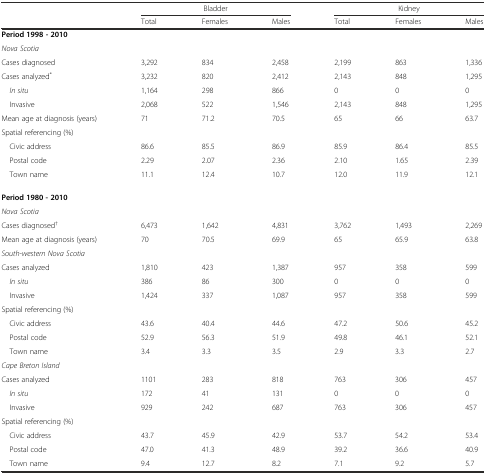
<table><thead><tr><td></td><td colspan="3"><b>Bladder</b></td><td colspan="3"><b>Kidney</b></td></tr><tr><td></td><td><b>Total</b></td><td><b>Females</b></td><td><b>Males</b></td><td><b>Total</b></td><td><b>Females</b></td><td><b>Males</b></td></tr></thead><tbody><tr><td colspan="7"><b>Period 1998 - 2010</b></td></tr><tr><td colspan="7"><i>Nova Scotia</i></td></tr><tr><td>Cases diagnosed</td><td>3,292</td><td>834</td><td>2,458</td><td>2,199</td><td>863</td><td>1,336</td></tr><tr><td>Cases analyzed<sup>*</sup></td><td>3,232</td><td>820</td><td>2,412</td><td>2,143</td><td>848</td><td>1,295</td></tr><tr><td> <i>In situ</i></td><td>1,164</td><td>298</td><td>866</td><td>0</td><td>0</td><td>0</td></tr><tr><td> Invasive</td><td>2,068</td><td>522</td><td>1,546</td><td>2,143</td><td>848</td><td>1,295</td></tr><tr><td>Mean age at diagnosis (years)</td><td>71</td><td>71.2</td><td>70.5</td><td>65</td><td>66</td><td>63.7</td></tr><tr><td colspan="7">Spatial referencing (%)</td></tr><tr><td> Civic address</td><td>86.6</td><td>85.5</td><td>86.9</td><td>85.9</td><td>86.4</td><td>85.5</td></tr><tr><td> Postal code</td><td>2.29</td><td>2.07</td><td>2.36</td><td>2.10</td><td>1.65</td><td>2.39</td></tr><tr><td> Town name</td><td>11.1</td><td>12.4</td><td>10.7</td><td>12.0</td><td>11.9</td><td>12.1</td></tr><tr><td colspan="7"><b>Period 1980 - 2010</b></td></tr><tr><td colspan="7"><i>Nova Scotia</i></td></tr><tr><td>Cases diagnosed<sup>†</sup></td><td>6,473</td><td>1,642</td><td>4,831</td><td>3,762</td><td>1,493</td><td>2,269</td></tr><tr><td>Mean age at diagnosis (years)</td><td>70</td><td>70.5</td><td>69.9</td><td>65</td><td>65.9</td><td>63.8</td></tr><tr><td colspan="7"><i>South-western Nova Scotia</i></td></tr><tr><td>Cases analyzed</td><td>1,810</td><td>423</td><td>1,387</td><td>957</td><td>358</td><td>599</td></tr><tr><td> <i>In situ</i></td><td>386</td><td>86</td><td>300</td><td>0</td><td>0</td><td>0</td></tr><tr><td> Invasive</td><td>1,424</td><td>337</td><td>1,087</td><td>957</td><td>358</td><td>599</td></tr><tr><td colspan="7">Spatial referencing (%)</td></tr><tr><td> Civic address</td><td>43.6</td><td>40.4</td><td>44.6</td><td>47.2</td><td>50.6</td><td>45.2</td></tr><tr><td> Postal code</td><td>52.9</td><td>56.3</td><td>51.9</td><td>49.8</td><td>46.1</td><td>52.1</td></tr><tr><td> Town name</td><td>3.4</td><td>3.3</td><td>3.5</td><td>2.9</td><td>3.3</td><td>2.7</td></tr><tr><td colspan="7"><i>Cape Breton Island</i></td></tr><tr><td>Cases analyzed</td><td>1101</td><td>283</td><td>818</td><td>763</td><td>306</td><td>457</td></tr><tr><td> <i>In situ</i></td><td>172</td><td>41</td><td>131</td><td>0</td><td>0</td><td>0</td></tr><tr><td> Invasive</td><td>929</td><td>242</td><td>687</td><td>763</td><td>306</td><td>457</td></tr><tr><td>Spatial referencing (%)</td><td></td><td></td><td></td><td></td><td></td><td></td></tr><tr><td> Civic address</td><td>43.7</td><td>45.9</td><td>42.9</td><td>53.7</td><td>54.2</td><td>53.4</td></tr><tr><td> Postal code</td><td>47.0</td><td>41.3</td><td>48.9</td><td>39.2</td><td>36.6</td><td>40.9</td></tr><tr><td> Town name</td><td>9.4</td><td>12.7</td><td>8.2</td><td>7.1</td><td>9.2</td><td>5.7</td></tr></tbody></table>